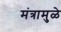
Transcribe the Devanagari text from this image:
मंत्रामुळे